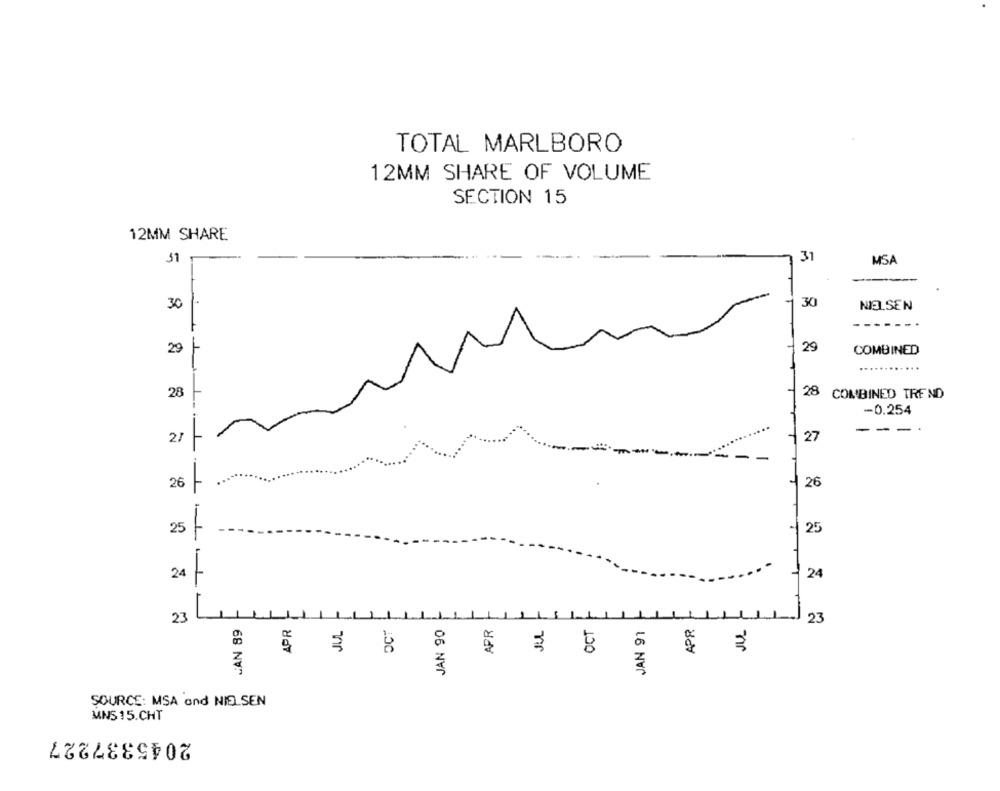
TOTAL MARLBORO
12MM SHARE OF VOLUME
SECTION 15
12MM SHARE
31
MSA
30
30
NE.SEN
------.
29
29
COMBINED
...........
28
28 COMBINED TREND
-0.254
-
21
27
26
26
25
25
24
24
23
CAN 89
APR
JUL
OCT
JAN 90
JUL
OCT
JAN 91
APR
23
.
SOURCE: MSA and NIELSEN
MNS 15.CHT
2045337227